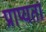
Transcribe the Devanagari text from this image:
प्राप्यता